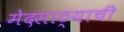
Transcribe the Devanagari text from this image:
मेदसाठ्याची